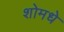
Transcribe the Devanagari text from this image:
शोमधे